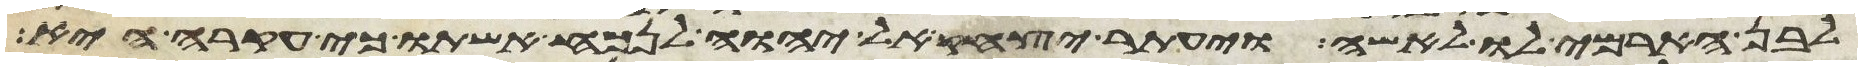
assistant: לבן הארמי לו לאשה ויעתר יצחק אל יהוה לנכח אשתו כי עקרה היא